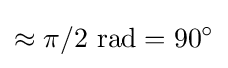
\approx \pi /2{\text{ rad}}=90^{\circ }